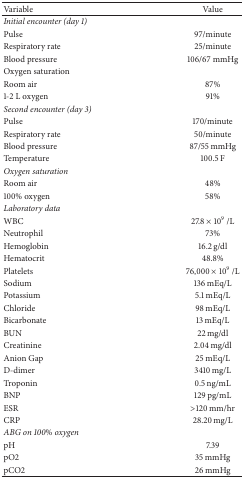
| Variable | Value |
 | --- | --- |
 | Initial encounter (day 1) |  |
 | Pulse | 97/minute |
 | Respiratory rate | 25/minute |
 | Blood pressure | 106/67 mmHg |
 | Oxygen saturation |  |
 | Room air | 87% |
 | 1-2 L oxygen | 91% |
 | Second encounter (day 3) |  |
 | Pulse | 170/minute |
 | Respiratory rate | 50/minute |
 | Blood pressure | 87/55 mmHg |
 | Temperature | 100.5 F |
 | Oxygen saturation |  |
 | Room air | 48% |
 | 100% oxygen | 58% |
 | Laboratory data |  |
 | WBC | 27.8 × 109/L |
 | Neutrophil | 73% |
 | Hemoglobin | 16.2 g/dl |
 | Hematocrit | 48.8% |
 | Platelets | 76,000 × 109/L |
 | Sodium | 136 mEq/L |
 | Potassium | 5.1 mEq/L |
 | Chloride | 98 mEq/L |
 | Bicarbonate | 13 mEq/L |
 | BUN | 22 mg/dl |
 | Creatinine | 2.04 mg/dl |
 | Anion Gap | 25 mEq/L |
 | D-dimer | 3410 mg/L |
 | Troponin | 0.5 ng/mL |
 | BNP | 129 pg/mL |
 | ESR | >120 mm/hr |
 | CRP | 28.20 mg/L |
 | ABG on 100% oxygen |  |
 | pH | 7.39 |
 | pO2 | 35 mmHg |
 | pCO2 | 26 mmHg |